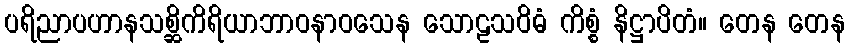
ပရိညာပဟာနသစ္ဆိကိရိယာဘာဝနာဝသေန သောဠသဝိဓံ ကိစ္စံ နိဋ္ဌာပိတံ။ တေန တေန